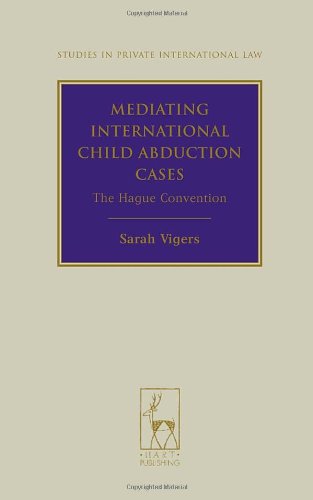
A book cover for Mediating International Child Abduction Cases: The Hague Convention (Studies in Private International Law); Sarah Vigers; Law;